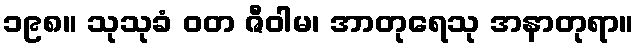
၁၉၈။ သုသုခံ ဝတ ဇီဝါမ၊ အာတုရေသု အနာတုရာ။